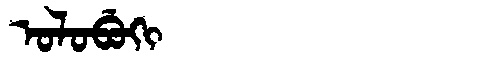
Manchu: ᠣᠯᠣᠪᡠᡴᡳ
Romanization: OLOBUKI